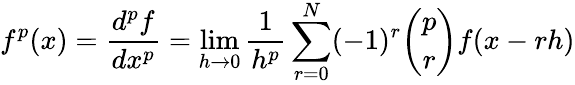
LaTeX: f^{p}(x)={\frac{d^{p}f}{dx^{p}}}=\operatorname*{lim}_{h\rightarrow 0}{\frac{1}{h^{p}}}\sum_{r=0}^{N}(-1)^{r}\binom{p}{r}f(x-rh)